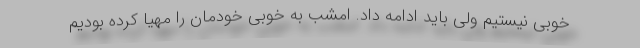
خوبی نیستیم ولی باید ادامه داد. امشب به خوبی خودمان را مهیا کرده بودیم